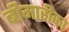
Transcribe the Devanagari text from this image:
बीमारीका